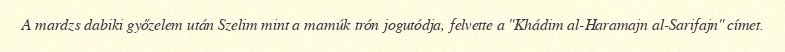
A mardzs dabiki győzelem után Szelim mint a mamúk trón jogutódja, felvette a "Khádim al-Haramajn al-Sarifajn" címet.